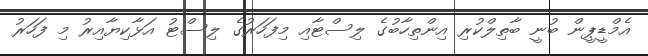
އެމްޑީޕީން ބުނީ ބާތިލްކުރި އިންތިހާބުގެ ލިސްޓާއި މިފަހަރުގެ ލިސްޓު އަޅާކިޔާއިރު މި ފަހަރު